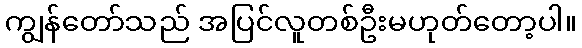
ကျွန်တော်သည် အပြင်လူတစ်ဦးမဟုတ်တော့ပါ။